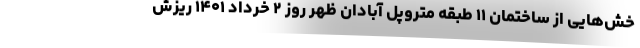
خش‌هایی از ساختمان ۱۱ طبقه متروپل آبادان ظهر روز ۲ خرداد ۱۴۰۱ ریزش